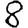
Digit: 8